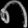
Digit: ၈